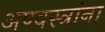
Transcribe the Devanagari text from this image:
अण्वस्त्रांना